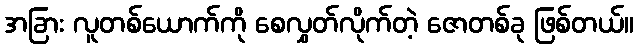
အခြား လူတစ်ယောက်ကို စေလွှတ်လိုက်တဲ့ ဇောတစ်ခု ဖြစ်တယ်။